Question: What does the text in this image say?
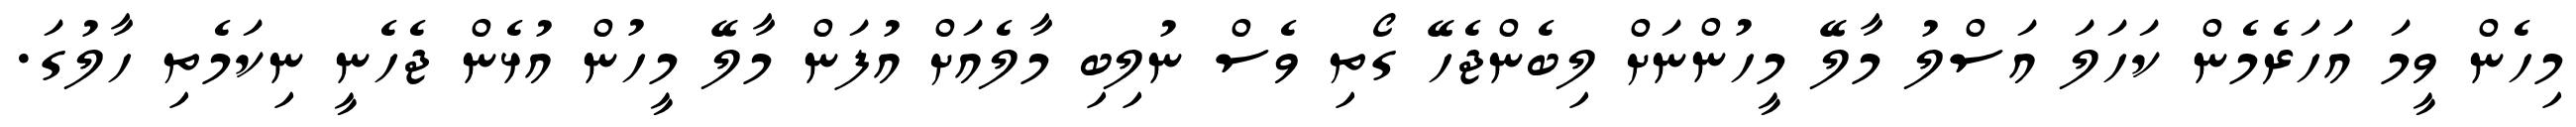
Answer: މިހެން ވީމަ އަހަރެމެން ކަހަލަ އަސްލު މާލޭ މީހުންނަށް ލިބެންޖެހޭ ގޯތި ވެސް ނުލިބި މާލެއަށް އުފަން މާލޭ މީހުން އުޅެން ޖެހެނީ ނިކަމެތި ހާލުގަ.